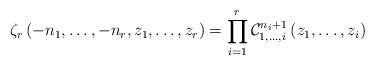
LaTeX: \begin{align*}\zeta_{r}\left(-n_{1},\dots,-n_{r},z_{1},\dots,z_{r}\right) =\prod_{i=1}^{r} \mathcal{C}_{1,\dots,i}^{n_{i}+1}\left(z_{1},\dots,z_{i}\right)\end{align*}